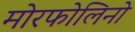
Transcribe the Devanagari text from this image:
मोरफोलिनो